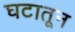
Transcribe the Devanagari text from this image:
घटातून